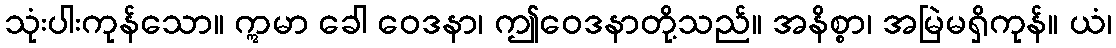
သုံးပါးကုန်သော။ ဣမာ ခေါ ဝေဒနာ၊ ဤဝေဒနာတို့သည်။ အနိစ္စာ၊ အမြဲမရှိကုန်။ ယံ၊